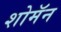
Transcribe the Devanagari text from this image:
शोमॅन